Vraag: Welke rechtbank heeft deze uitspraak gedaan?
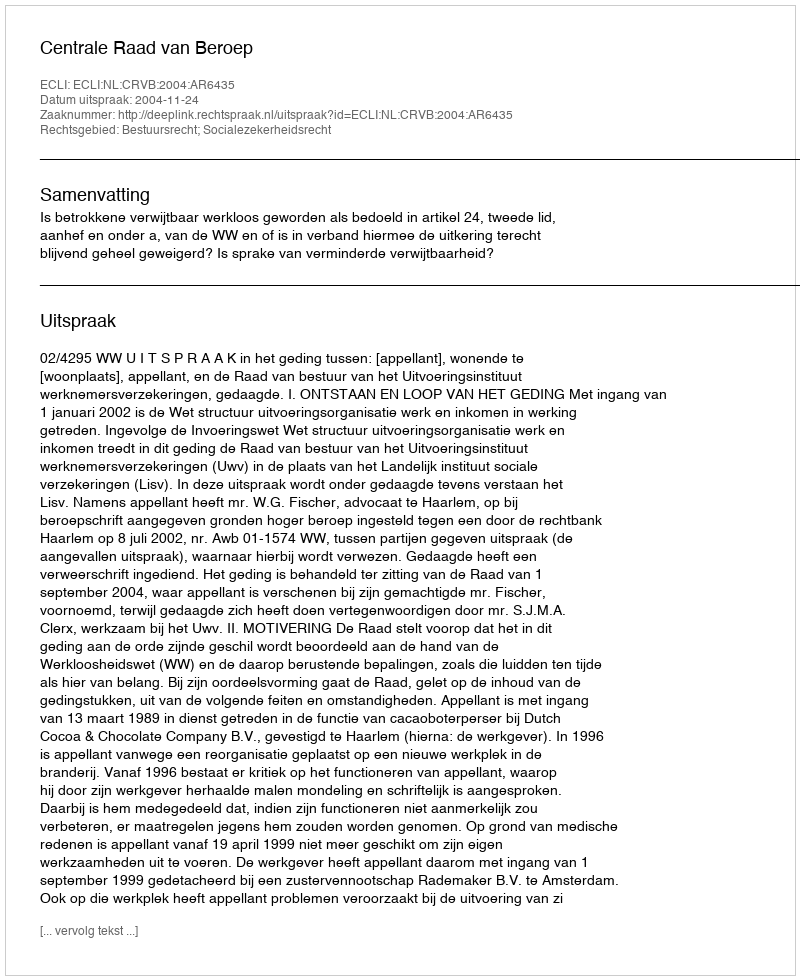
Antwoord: Centrale Raad van Beroep